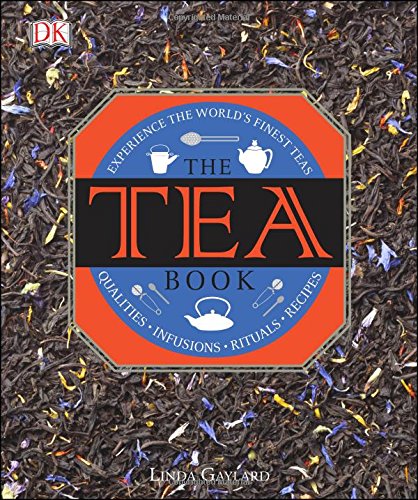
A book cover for The Tea Book; DK; Cookbooks, Food & Wine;